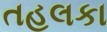
તહલકા